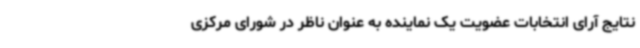
نتایج آرای انتخابات عضویت یک نماینده به عنوان ناظر در شورای مرکزی